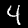
Digit: 4